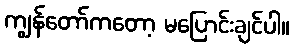
ကျွန်တော်ကတော့ မပြောင်းချင်ပါ။